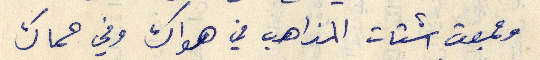
"وجمعت اشتات المذاهب في هواك وفي حماك